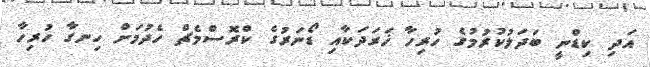
އަދި ކިޑްނީ ބަދަލުކުރުމުގެ ހުރިހާ ޚަރަދަކާއި ޑޯނަރުގެ ކްރޮސްމެޗް ހެދުމަށް ހިނގާ ހުރިހާ